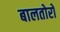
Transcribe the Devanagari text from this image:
बालतोरो